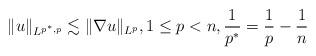
LaTeX: \begin{align*}\|u\|_{L^{p^*,p}} \lesssim \|\nabla u\|_{L^p}, 1 \leq p < n, \frac{1}{p^*} = \frac{1}{p} - \frac{1}{n}\end{align*}